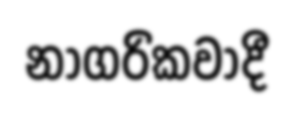
නාගරිකවාදී